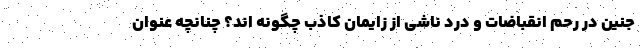
جنین در رحم انقباضات و درد ناشی از زایمان کاذب چگونه اند؟ چنانچه عنوان